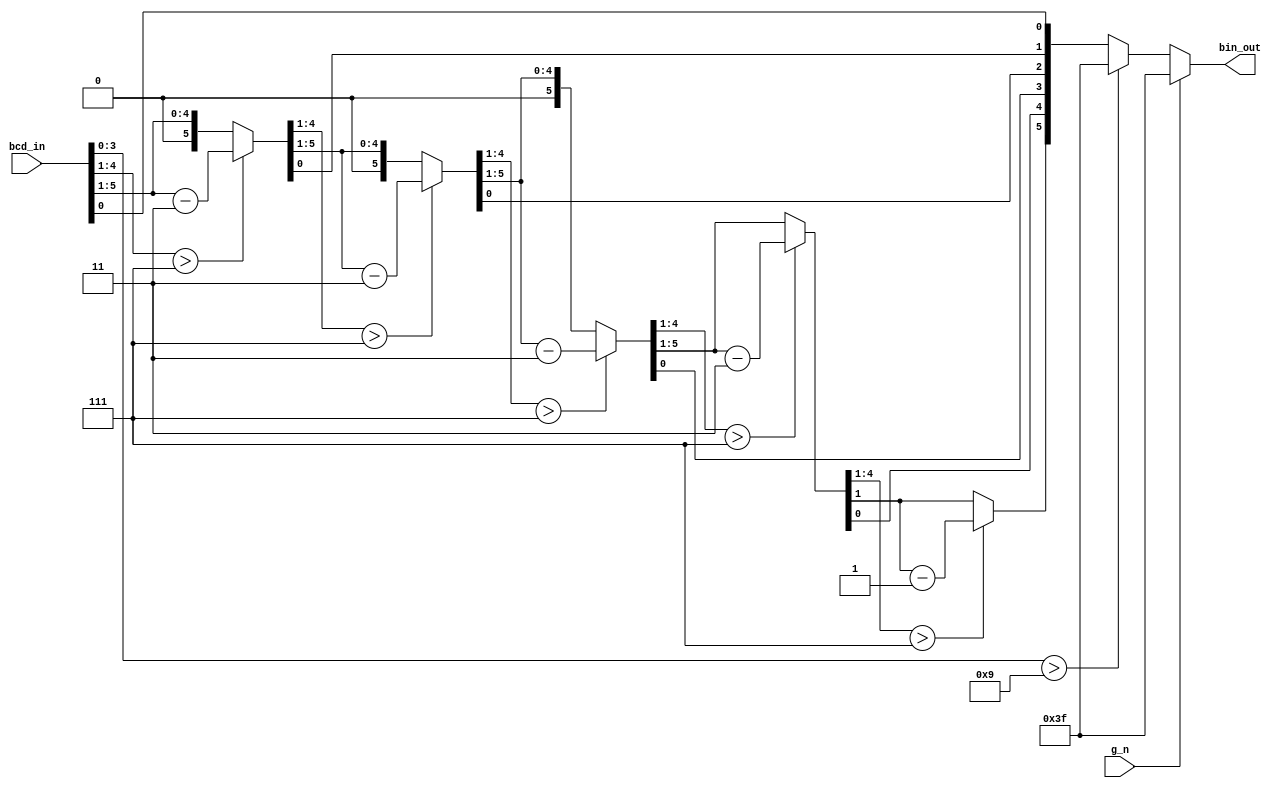
module sn184_cgrundey(g_n, bcd_in, bin_out);
	input g_n;
	input [5:0] bcd_in;
	output [5:0] bin_out;
	reg [5:0] bin_out;
	reg [5:0] scratch;
	reg [5:0] tempout;

	// Used max propagation delays from datasheet to test with critical path
	specify
		(g_n *> bin_out) = (30, 35);
		(bcd_in => bin_out) = (40, 40);
	endspecify

	always@(g_n or bcd_in) begin
		if (g_n) begin
			bin_out = 6'b111111;
		end
		else if (bcd_in[3:0] > 4'b1001) begin
			bin_out = 6'b111111;
		end
		else begin
			scratch = bcd_in;
			tempout = 6'b000000;
			repeat(6) begin
				tempout = {scratch[0], tempout[5:1]};
				scratch = scratch >> 1;
				if (scratch[3:0] > 7) begin
					scratch = scratch - 3;
				end
			end
			bin_out = tempout;
		end
	end


endmodule